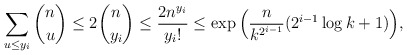
\begin{align*}\sum_{u\le y_i}\binom nu \le 2\binom n{y_i}\le\frac{2n^{y_i}}{y_i!}\le\exp\Big(\frac n{k^{2^{i-1}}}(2^{i-1}\log k+1)\Big),\end{align*}